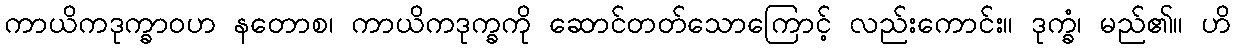
ကာယိကဒုက္ခာဝဟ နတောစ၊ ကာယိကဒုက္ခကို ဆောင်တတ်သောကြောင့် လည်းကောင်း။ ဒုက္ခံ၊ မည်၏။ ဟိ